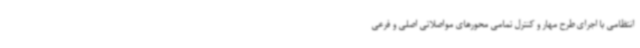
انتظامی با اجرای طرح مهار و کنترل تمامی محورهای مواصلاتی اصلی و فرعی